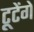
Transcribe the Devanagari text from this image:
टूटेंगे